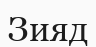
Зияд